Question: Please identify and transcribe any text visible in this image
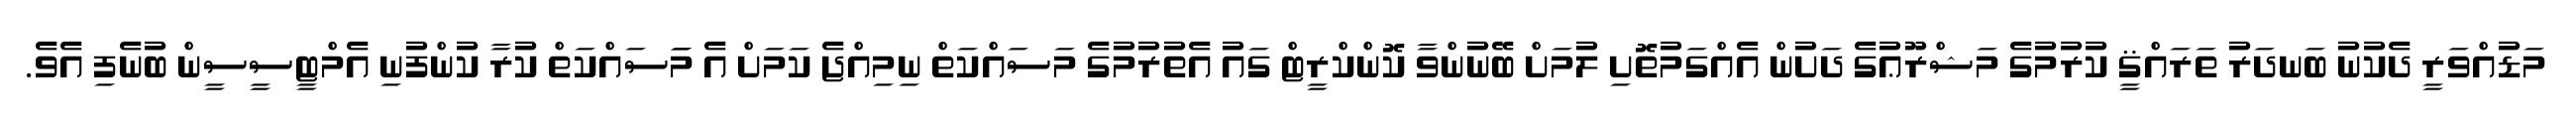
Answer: މަޑުއްވަރީ ދެކުނު ބަނދަރު ތަރައްޤީ ކުރުމުގެ މަޝްރޫޢުގެ ދަށުން އެއްގަމުތޮށި ލުމަށް ބޭނުންވާ ކޮންކްރީޓް ގައު އެތުރުމުގެ މަސައްކަތް ނިމިއްޖެ ކަމަށް އެ މަަސައްކަތް ކުރާ ކުންފުނި އެމްޓީސީސީން ބުނެފި އެވެ.